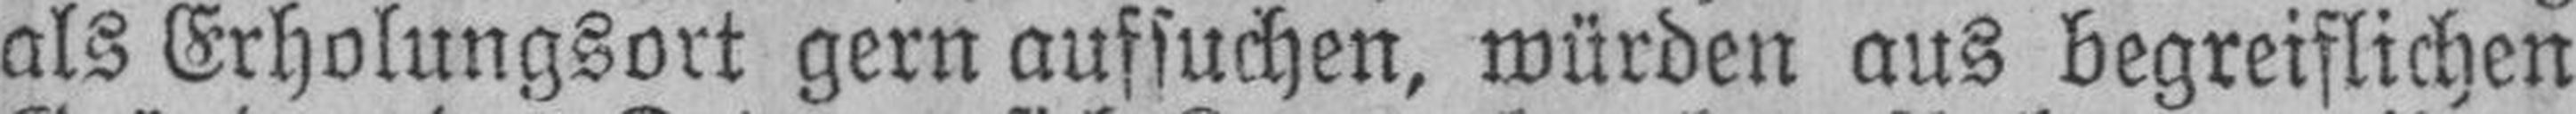
als Erholungsort gern aufsuchen, würden aus begreiflichen